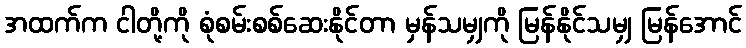
အထက်က ငါတို့ကို စုံစမ်းစစ်ဆေးနိုင်တာ မှန်သမျှကို မြန်နိုင်သမျှ မြန်အောင်